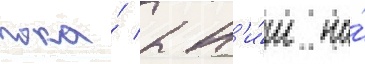
пока́ к н'и́м на́